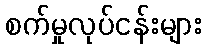
စက်မှုလုပ်ငန်းများ